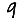
Digit: 9